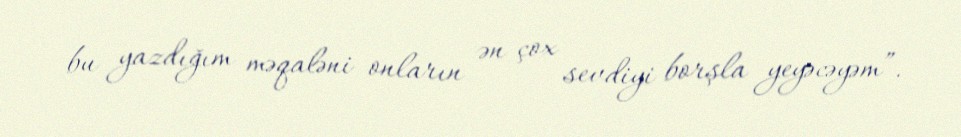
bu yazdığım məqaləni onların ən çox sevdiyi borşla yeyəcəyəm”.